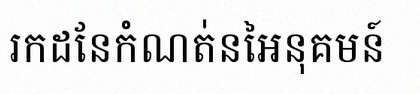
រកដែនកំណត់នៃអនុគមន៍